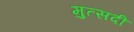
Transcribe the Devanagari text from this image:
मुत्सदी